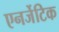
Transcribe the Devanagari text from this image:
एनर्जेटिक